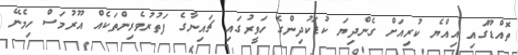
ތޮއްޑޫގައި އިއްޔެ ކުރިއަށް ގެންދިޔަ ކުޑަކުދިންގެ ހަވީރުގައި ޗައިނާގެ ފަތުރުވެރިންތަކެއް އޫރުމަސް ހިމެނޭ